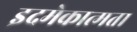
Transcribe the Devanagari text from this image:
इदमेकात्मता